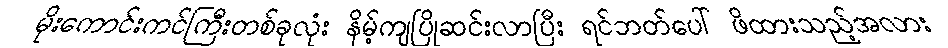
မိုးကောင်းကင်ကြီးတစ်ခုလုံး နိမ့်ကျပြိုဆင်းလာပြီး ရင်ဘတ်ပေါ် ဖိထားသည့်အလား